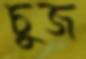
চুজ